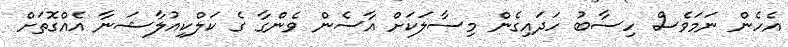
އެހެން ނަމަވެސް ހިސާބު ހަދައިގެން މިސާލަކަށް އާސެން ވެންގާ ގެ ކަލްކިއުލާޝަނާ އެއްގޮތަށް